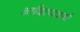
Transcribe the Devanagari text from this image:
आदित्यवर्णा